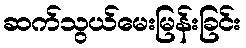
ဆက်သွယ်မေးမြန်းခြင်း